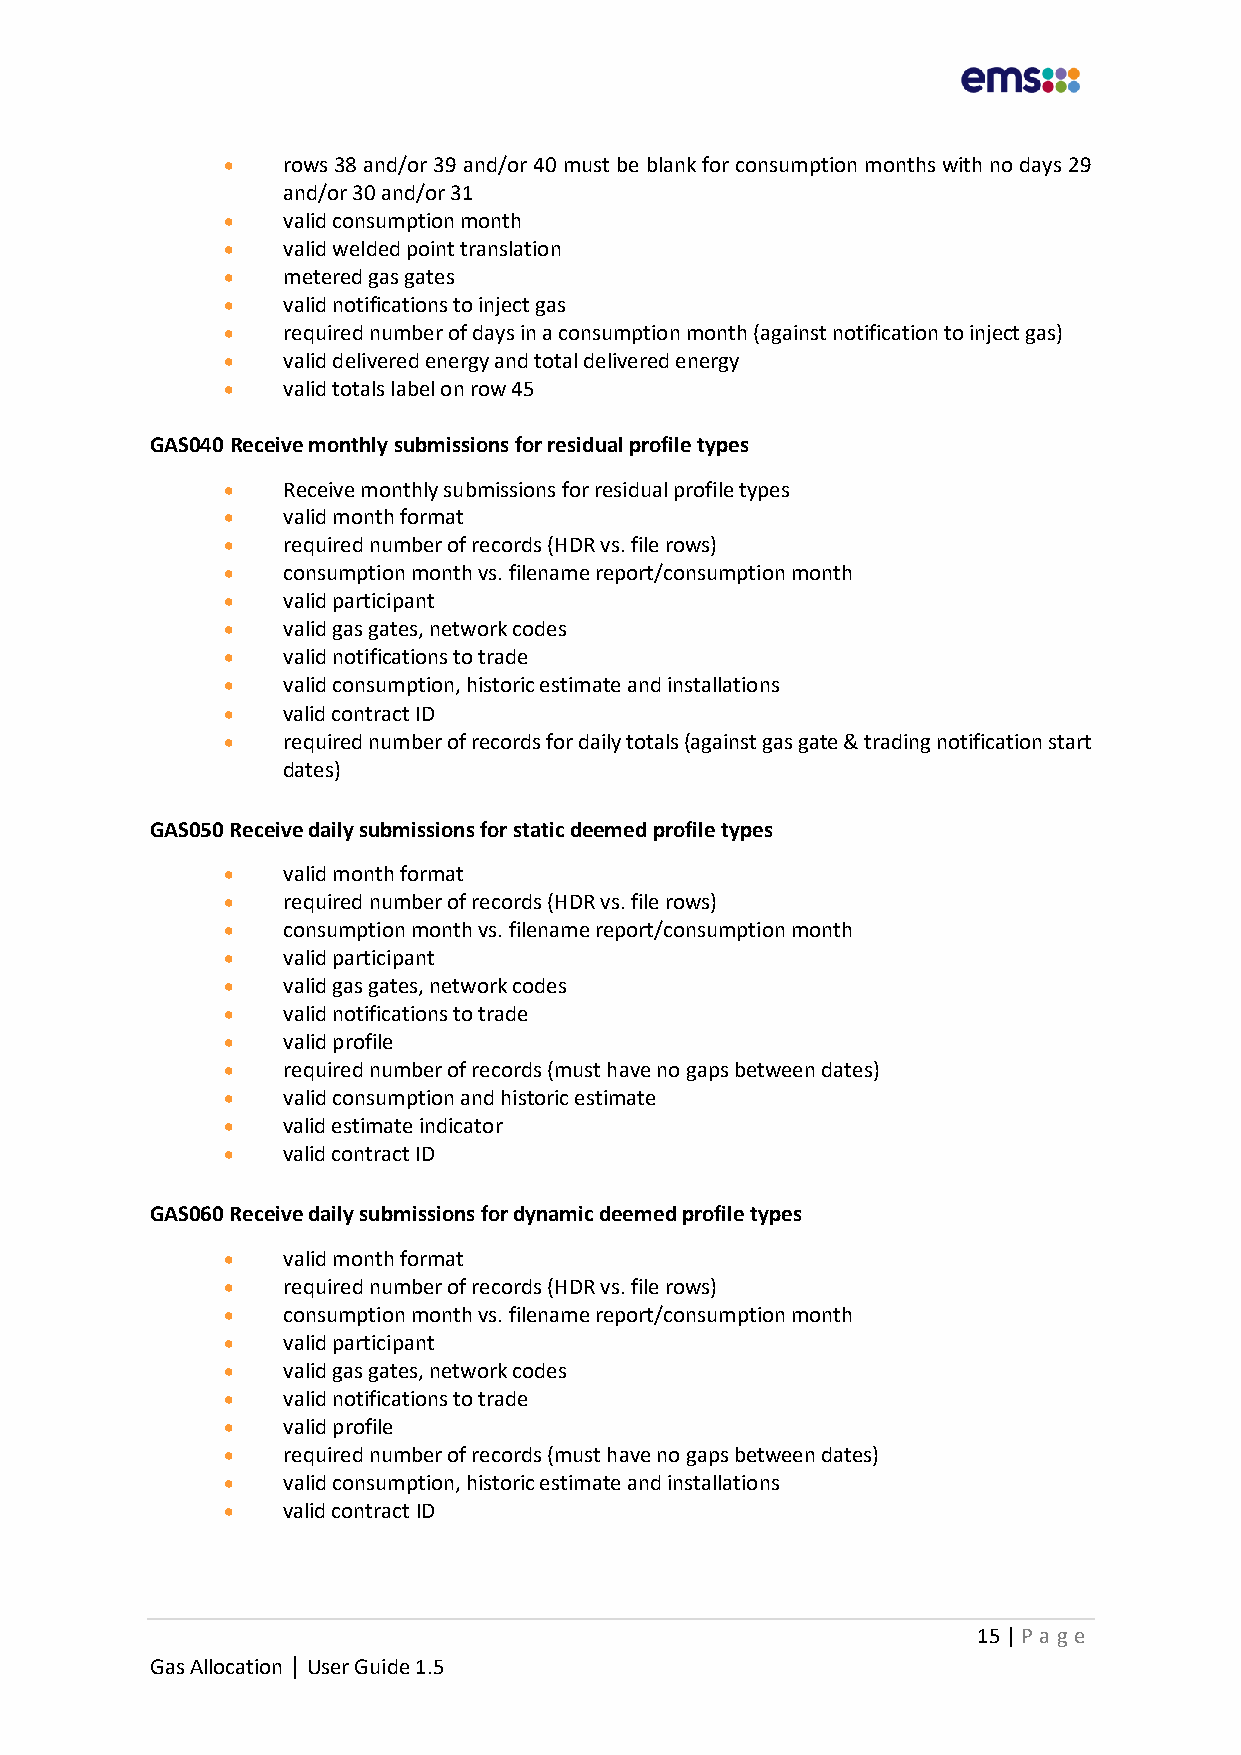
•   rows 38 and/or 39 and/or 40 must be blank for consumption months with no days 29
 and/or 30 and/or 31
 •   valid consumption month
 •   valid welded point translation
 •   metered gas gates
 •   valid notifications to inject gas
 •   required number of days in a consumption month (against notification to inject gas)
 •   valid delivered energy and total delivered energy
 •   valid totals label on row 45
 GAS040 Receive monthly submissions for residual profile types
 •   Receive monthly submissions for residual profile types
 •   valid month format
 •   required number of records (HDR vs. file rows)
 •   consumption month vs. filename report/consumption month
 •   valid participant
 •   valid gas gates, network codes
 •   valid notifications to trade
 •   valid consumption, historic estimate and installations
 •   valid contract ID
 •   required number of records for daily totals (against gas gate & trading notification start
 dates)
 GAS050 Receive daily submissions for static deemed profile types
 •   valid month format
 •   required number of records (HDR vs. file rows)
 •   consumption month vs. filename report/consumption month
 •   valid participant
 •   valid gas gates, network codes
 •   valid notifications to trade
 •   valid profile
 •   required number of records (must have no gaps between dates)
 •   valid consumption and historic estimate
 •   valid estimate indicator
 •   valid contract ID
 GAS060 Receive daily submissions for dynamic deemed profile types
 •   valid month format
 •   required number of records (HDR vs. file rows)
 •   consumption month vs. filename report/consumption month
 •   valid participant
 •   valid gas gates, network codes
 •   valid notifications to trade
 •   valid profile
 •   required number of records (must have no gaps between dates)
 •   valid consumption, historic estimate and installations
 •   valid contract ID
 15 | P age
 Gas Allocation | User Guide 1.5